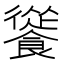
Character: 𩞐